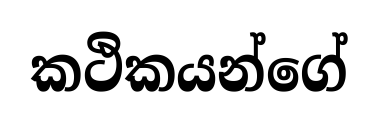
කථිකයන්ගේ